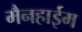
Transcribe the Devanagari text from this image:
मैनहाईम